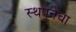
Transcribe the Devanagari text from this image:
स्थपनेचा